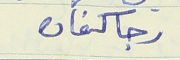
رجا كنعان